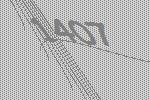
1407